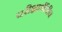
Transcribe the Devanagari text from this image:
परीक्षार्थींचीच